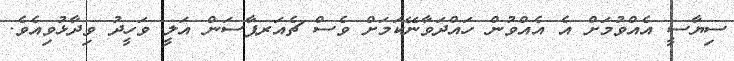
ސިޔާސީ އެއްވުމަށް އެ އެއްވުން ހައްދަވާނޭކަމަށް ވެސް ޗެއަރޕާސަން އަލީ ވަހީދު ވިދާޅުވިއެވެ.